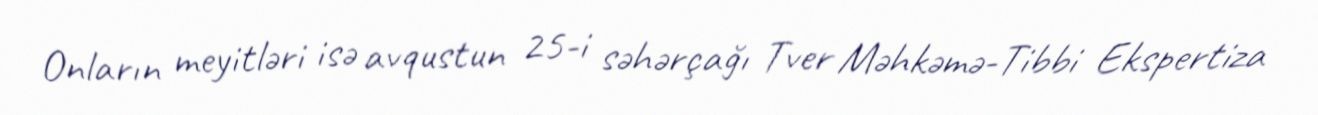
Onların meyitləri isə avqustun 25-i səhərçağı Tver Məhkəmə-Tibbi Ekspertiza